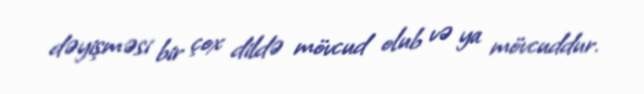
dəyişməsi bir çox dildə mövcud olub və ya mövcuddur.